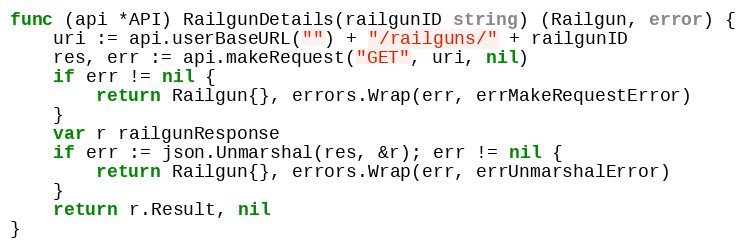
Language: Go
func (api *API) RailgunDetails(railgunID string) (Railgun, error) {
	uri := api.userBaseURL("") + "/railguns/" + railgunID
	res, err := api.makeRequest("GET", uri, nil)
	if err != nil {
		return Railgun{}, errors.Wrap(err, errMakeRequestError)
	}
	var r railgunResponse
	if err := json.Unmarshal(res, &r); err != nil {
		return Railgun{}, errors.Wrap(err, errUnmarshalError)
	}
	return r.Result, nil
}